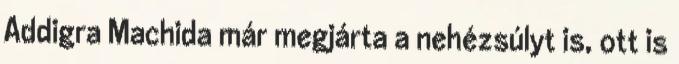
Addigra Machida már megjárta a nehézsúlyt is, ott is